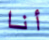
أنا